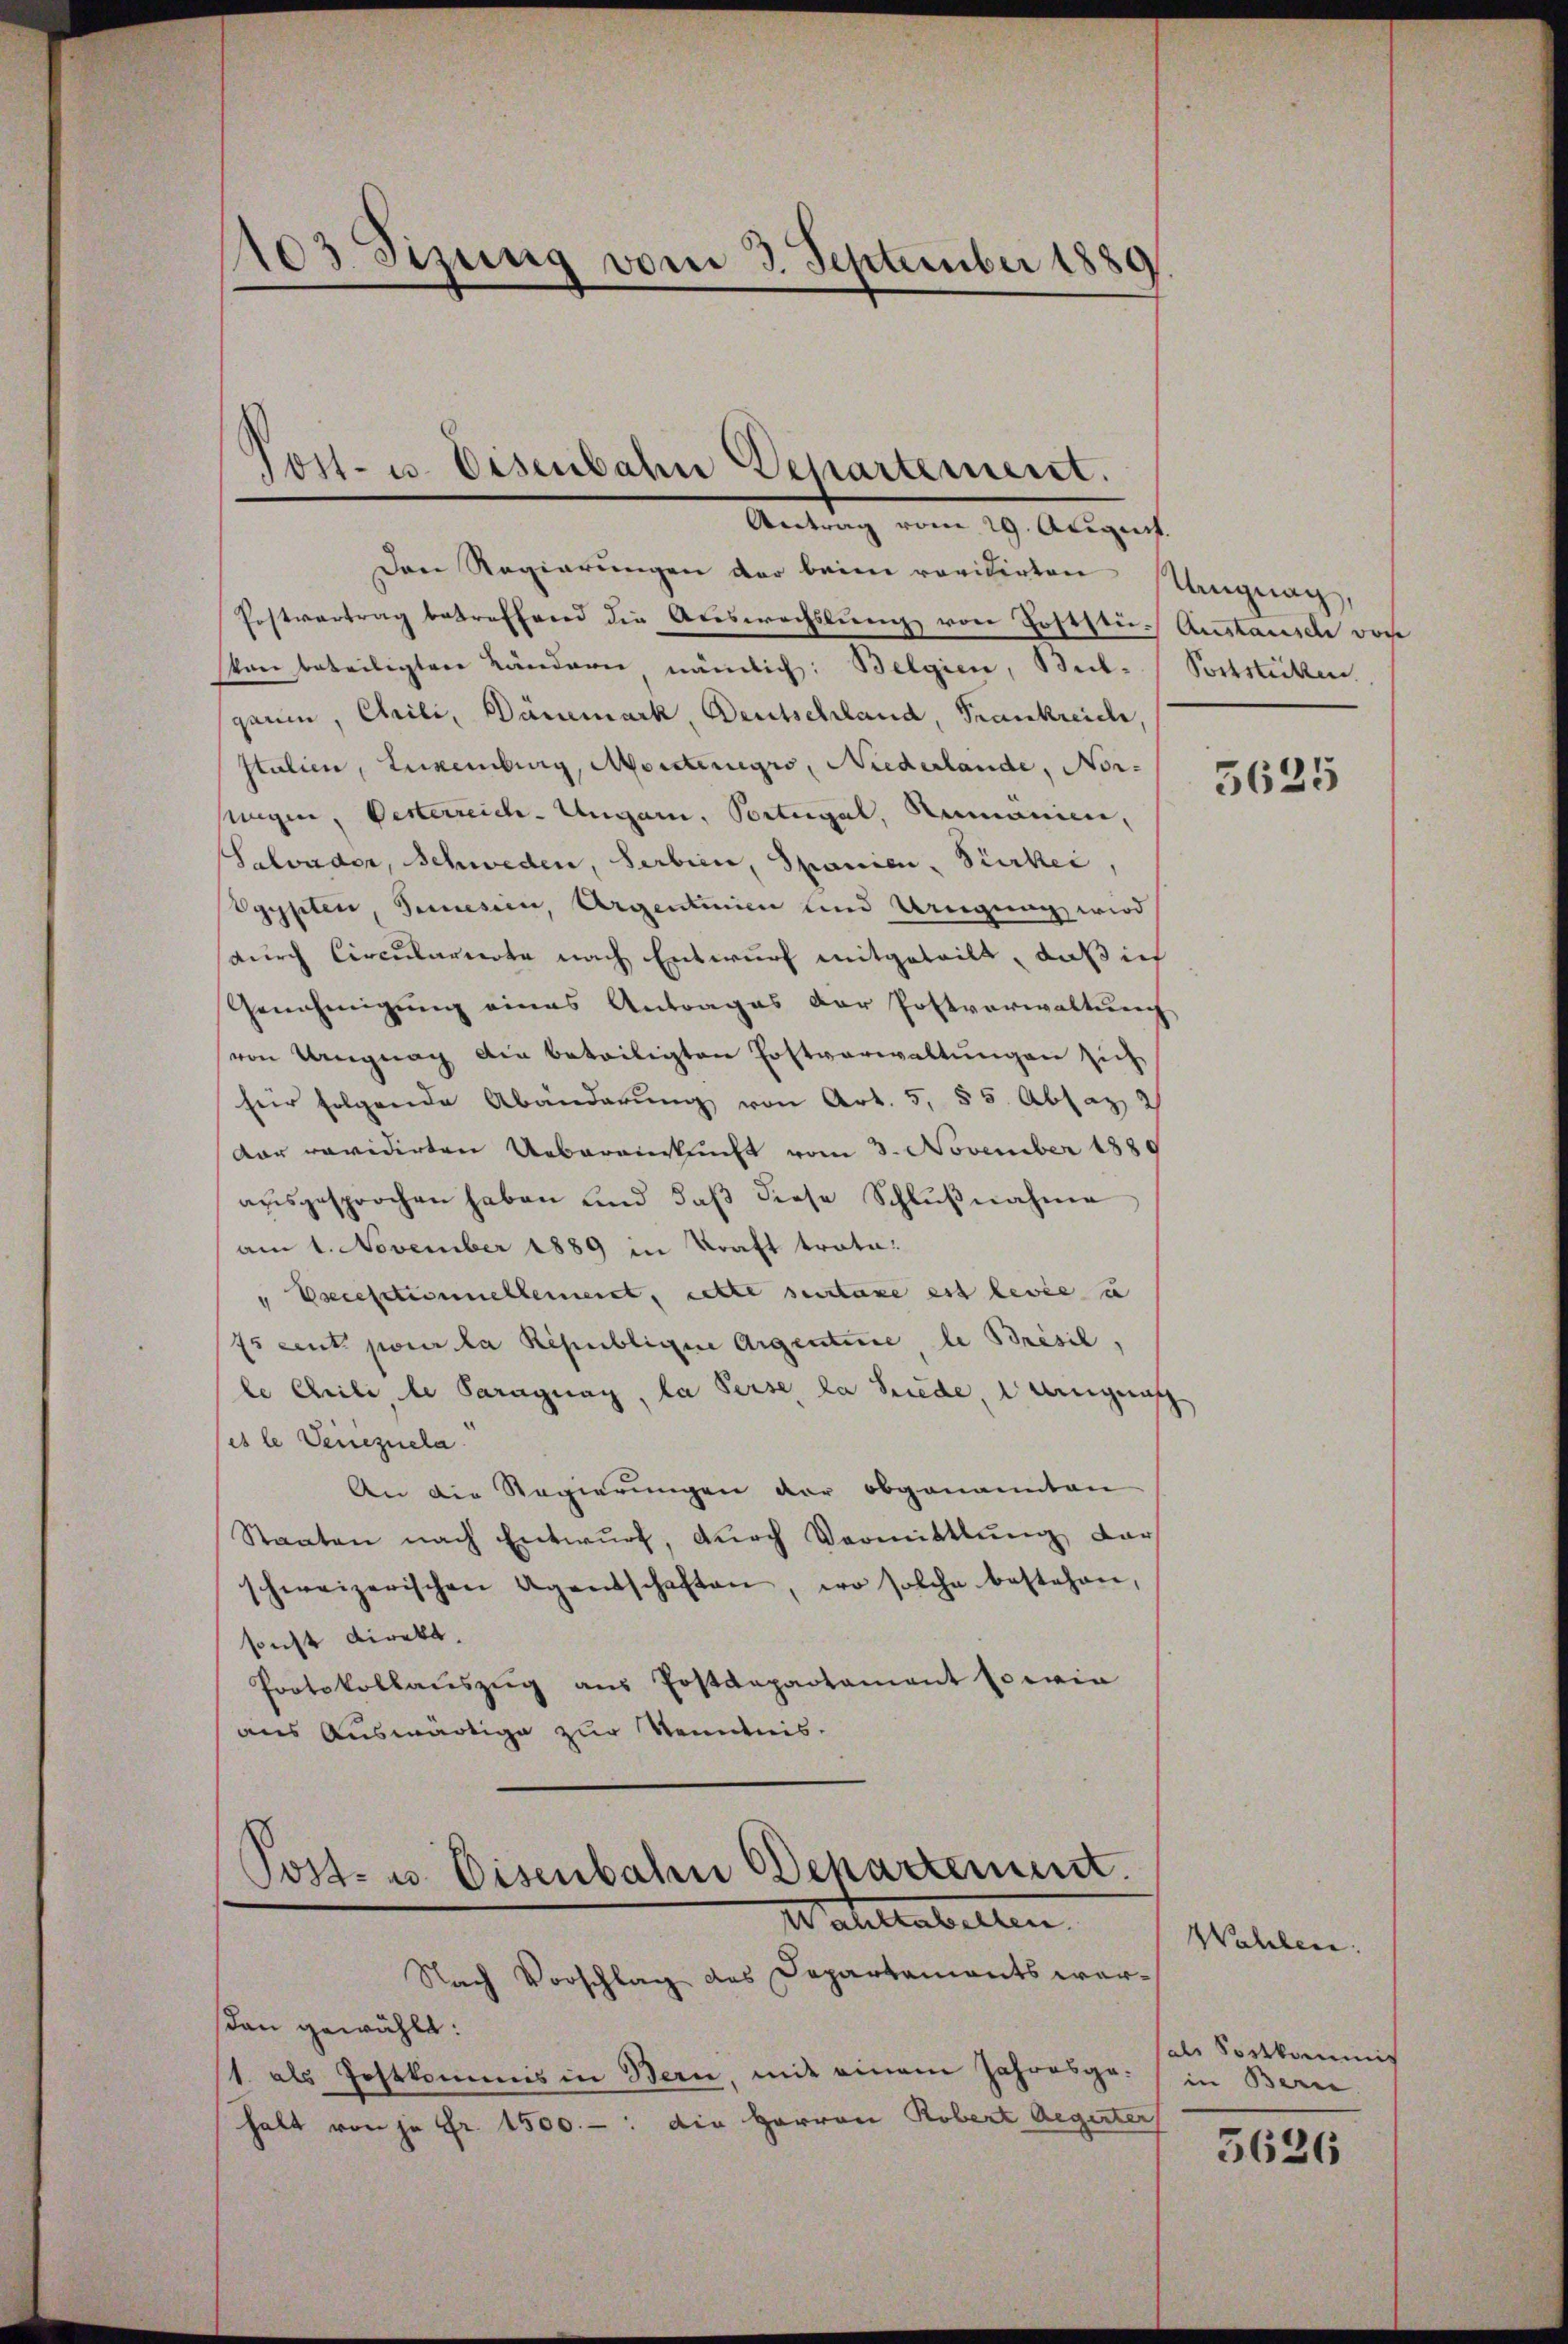
103 Sitzung vom 3. September 1889

¬
Gott. u. Eisenbahne Departement.
Antrag vom 29. August.

Den Regierŭngen der beim revidirten Mangnag
Postvertrag betreffend die Auswechslung von Poststu- Auslausel von
von beteiligten Ländern nämlich: Belgien, Bul-Poststücken
garin, Chrili, Dämmark, Deutschland, Frankreiche,
stulien, Luxenburg, Montergro, Niederlande, Nor-
sigen, Pesterreich-Ungarn, Portugal, Rumanien,
Salvader, Schweden, Serbien, Spanien. Türker,
Vgypten, Seinesien, Argentinie und Uneigung wird
durch Circularierte nach Entwurf mitgeteilt, daß ic
Genehmigung eines Antrages der Postverwaltung
von Ungnag die beteiligten Erstverwaltungen sich
für folgende Abänderung von Art. 5, 55. Absaz 2
Der revidirten Ueberauskunft vom 3. November 1880
aŭsgesprochen haben und daβ diese Schlŭβnahme
am 1. November 1889 in Kraft trote¬
" Ercestionellement, cette sentaxe est levée u
75 cent pour la Républigen Argentine le Présil,
le Chrile, le Paragung, la derse, la Seide, wegensch
es le Venezuela
An die Regierungen der obgenannten
Staaten nach Entwŭrf, dŭrch Vermittlung dar
schweizerischen Agentschaften, wo solche bestehen,
sonst Direkt.
Protokollauszug aus Postdepartament sowie
aus Auswärtige zur Kenntnis.

Post- u. Eisenbahn Departement.
Mahlenbetten

Nach Vorschlag des Departaments werdann gewählt:
(1. als Postkommis in Bern, mit einem Jahresgehalt von je Fr. 1500. -: die Herren Robert Aegerter

5625

Wahlen.
als Sostkommis
in Bern.

5626